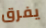
يفرق